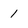
Character: 1